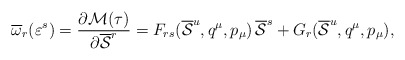
\begin{align*}\overline{\omega}_r(\varepsilon^s) = {{\partial {\cal M}(\tau )}\over {\partial \overline{\cal S}^r}} = F_{rs}(\overline{\cal S}^u, q^{\mu}, p_{\mu})\, \overline{\cal S}^s + G_r(\overline{\cal S}^u, q^{\mu}, p_{\mu}), \end{align*}